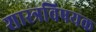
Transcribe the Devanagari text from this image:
शास्त्रविषयक